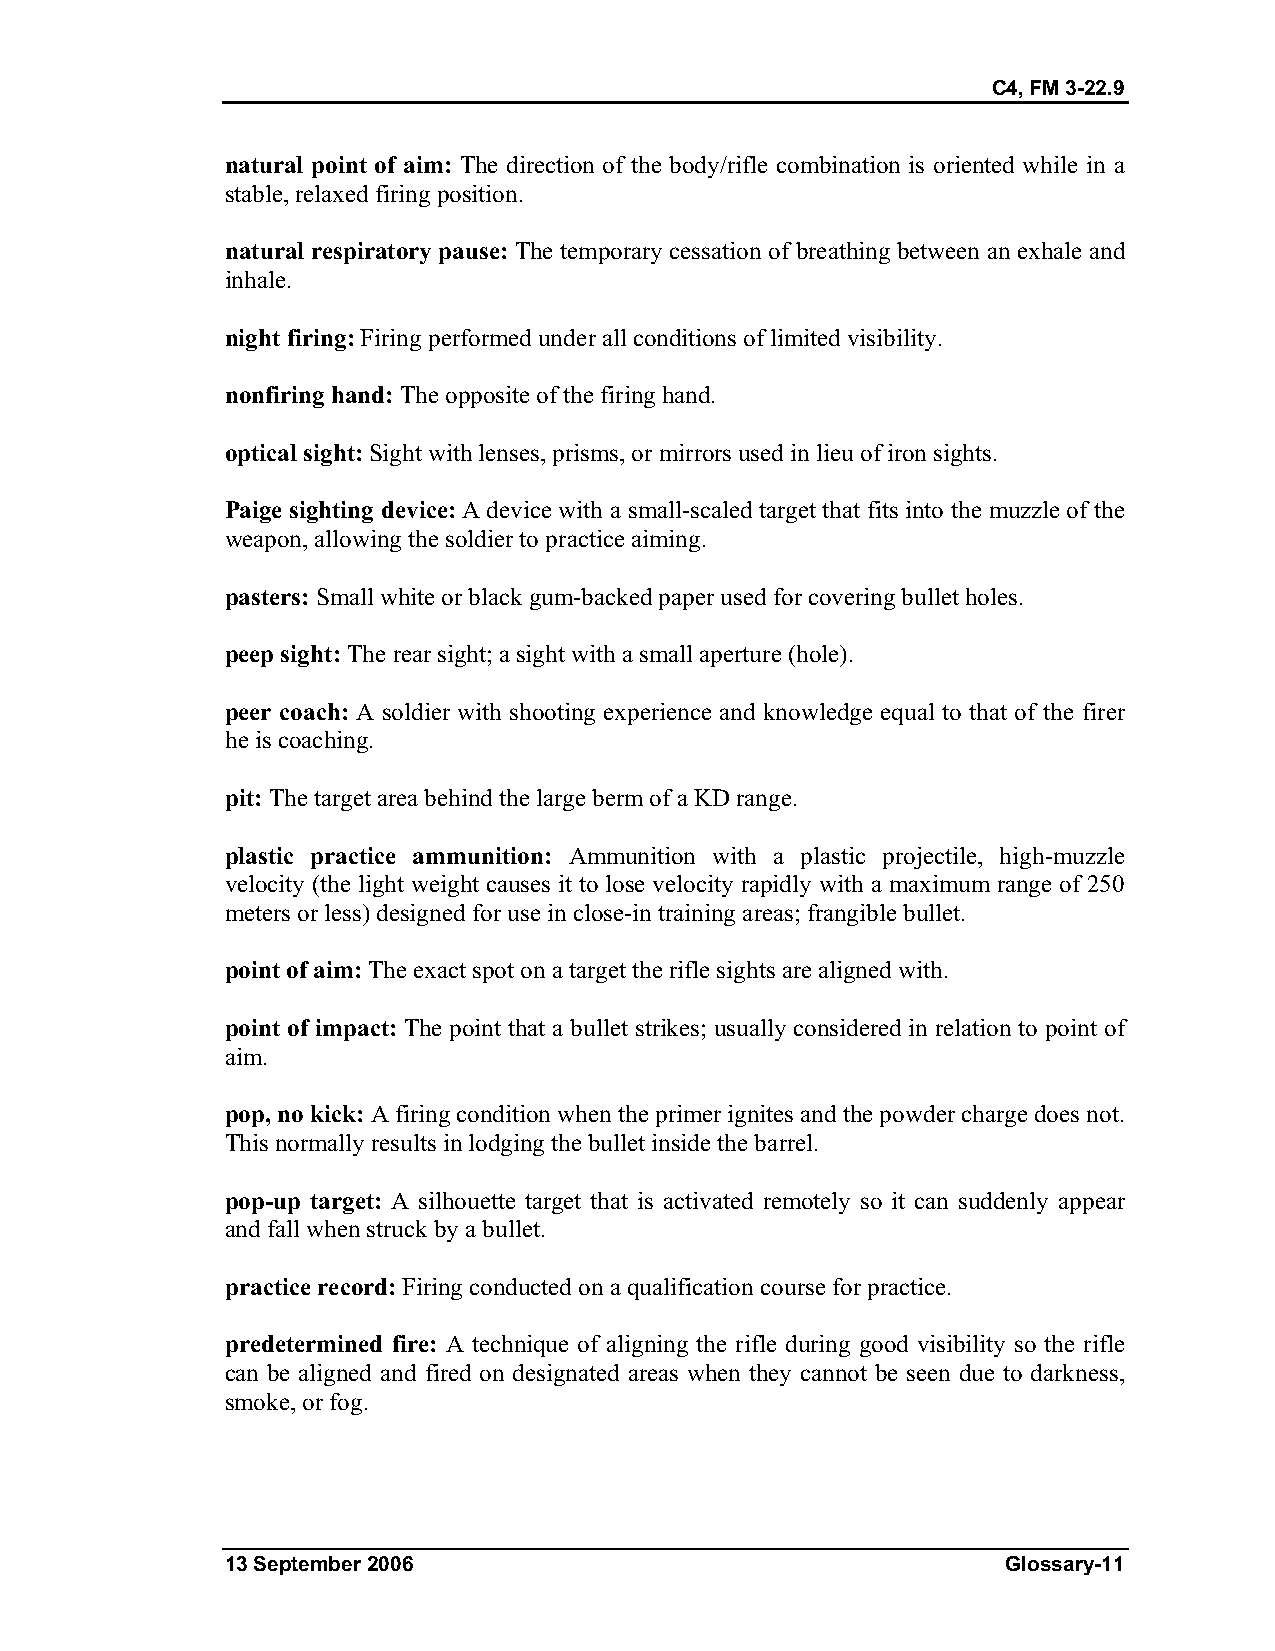
C4, FM 3-22.9
 natural point of aim: The direction of the body/rifle combination is oriented while in a
 stable, relaxed firing position.
 natural respiratory pause: The temporary cessation of breathing between an exhale and
 inhale.
 night firing: Firing performed under all conditions of limited visibility.
 nonfiring hand: The opposite of the firing hand.
 optical sight: Sight with lenses, prisms, or mirrors used in lieu of iron sights.
 Paige sighting device: A device with a small-scaled target that fits into the muzzle of the
 weapon, allowing the soldier to practice aiming.
 pasters: Small white or black gum-backed paper used for covering bullet holes.
 peep sight: The rear sight; a sight with a small aperture (hole).
 peer coach: A soldier with shooting experience and knowledge equal to that of the firer
 he is coaching.
 pit: The target area behind the large berm of a KD range.
 plastic practice ammunition: Ammunition with a plastic projectile, high-muzzle
 velocity (the light weight causes it to lose velocity rapidly with a maximum range of 250
 meters or less) designed for use in close-in training areas; frangible bullet.
 point of aim: The exact spot on a target the rifle sights are aligned with.
 point of impact: The point that a bullet strikes; usually considered in relation to point of
 aim.
 pop, no kick: A firing condition when the primer ignites and the powder charge does not.
 This normally results in lodging the bullet inside the barrel.
 pop-up target: A silhouette target that is activated remotely so it can suddenly appear
 and fall when struck by a bullet.
 practice record: Firing conducted on a qualification course for practice.
 predetermined fire: A technique of aligning the rifle during good visibility so the rifle
 can be aligned and fired on designated areas when they cannot be seen due to darkness,
 smoke, or fog.
 13 September 2006                                   Glossary-11